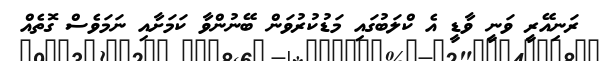
ރަނިއޭރީ ވަނީ ވާޑީ އެ ކްލަބުގައި މަޑުކުރުވަން ބޭނުންވާ ކަމަށާއި ނަމަވެސް ގޮތެއް